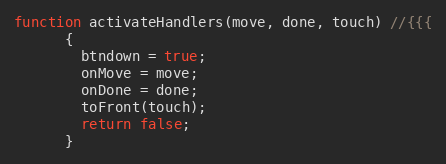
Language: JavaScript
function activateHandlers(move, done, touch) //{{{
      {
        btndown = true;
        onMove = move;
        onDone = done;
        toFront(touch);
        return false;
      }